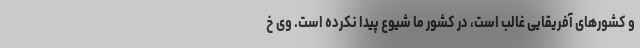
و کشورهای آفریقایی غالب است، در کشور ما شیوع پیدا نکرده است. وی خ